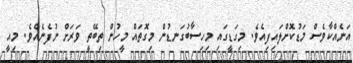
އަނެއްކާވެސް މަޑުކޮށްލައިފިއެވެ. މިގަޑީގައި މިހިސާބުގަނޑުން މިގޮތައް މީހުން ތިބޭތީ ވަރަށް ނުފެނެއެވެ. މިއީ